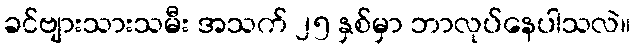
ခင်ဗျားသားသမီး အသက် ၂၅ နှစ်မှာ ဘာလုပ်နေပါသလဲ။